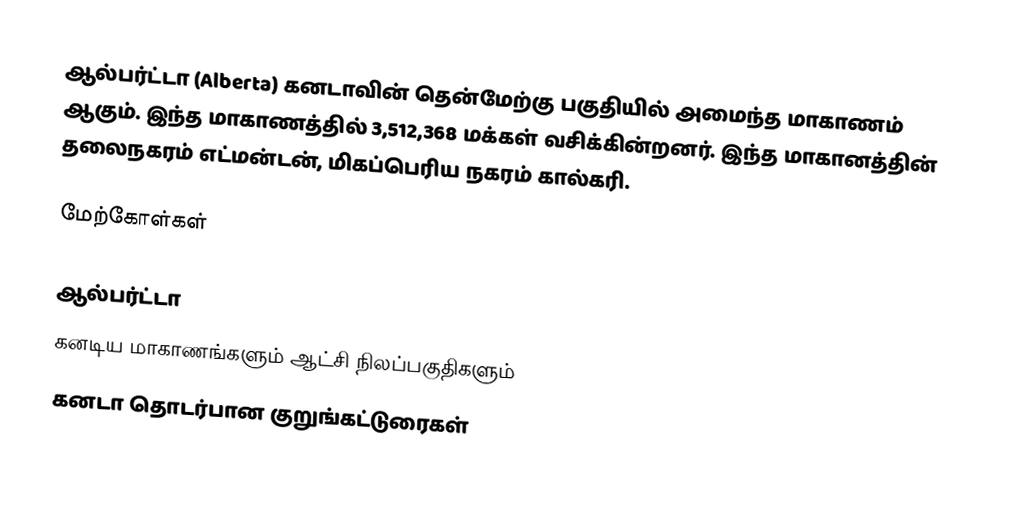
ஆல்பர்ட்டா (Alberta) கனடாவின் தென்மேற்கு பகுதியில் அமைந்த மாகாணம் ஆகும். இந்த மாகாணத்தில் 3,512,368 மக்கள் வசிக்கின்றனர். இந்த மாகானத்தின் தலைநகரம் எட்மன்டன், மிகப்பெரிய நகரம் கால்கரி.

மேற்கோள்கள்

ஆல்பர்ட்டா
கனடிய மாகாணங்களும் ஆட்சி நிலப்பகுதிகளும்
கனடா தொடர்பான குறுங்கட்டுரைகள்